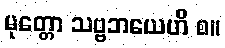
မုတ္တော သဗ္ဗဘယေဟိ စ။